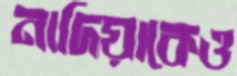
নাদিয়াকেও